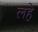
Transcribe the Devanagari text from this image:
लहे